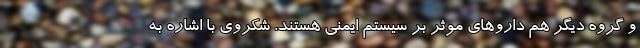
و گروه دیگر هم داروهای موثر بر سیستم ایمنی هستند. شکروی با اشاره به